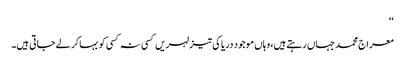
‘‘
معراج محمد جہاں رہتے ہیں، وہاں موجود دریا کی تیز لہریں کسی نہ کسی کو بہاکر لے جاتی ہیں۔